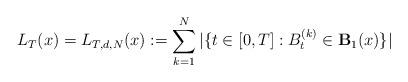
LaTeX: \begin{align*} L_T(x) = L_{T,d,N}(x) := \sum_{k=1}^{N}|\{t\in[0,T]: B^{(k)}_t\in\mathbf{B}_1(x)\}|\end{align*}